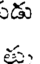
ల